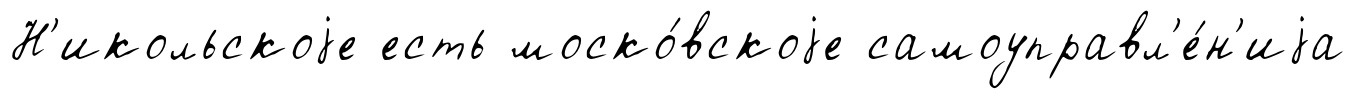
Н'икольскоjе есть моско́вскоjе самоуправл'е́н'иjа